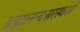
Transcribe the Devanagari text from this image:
ब्रह्मानन्दसरस्वती